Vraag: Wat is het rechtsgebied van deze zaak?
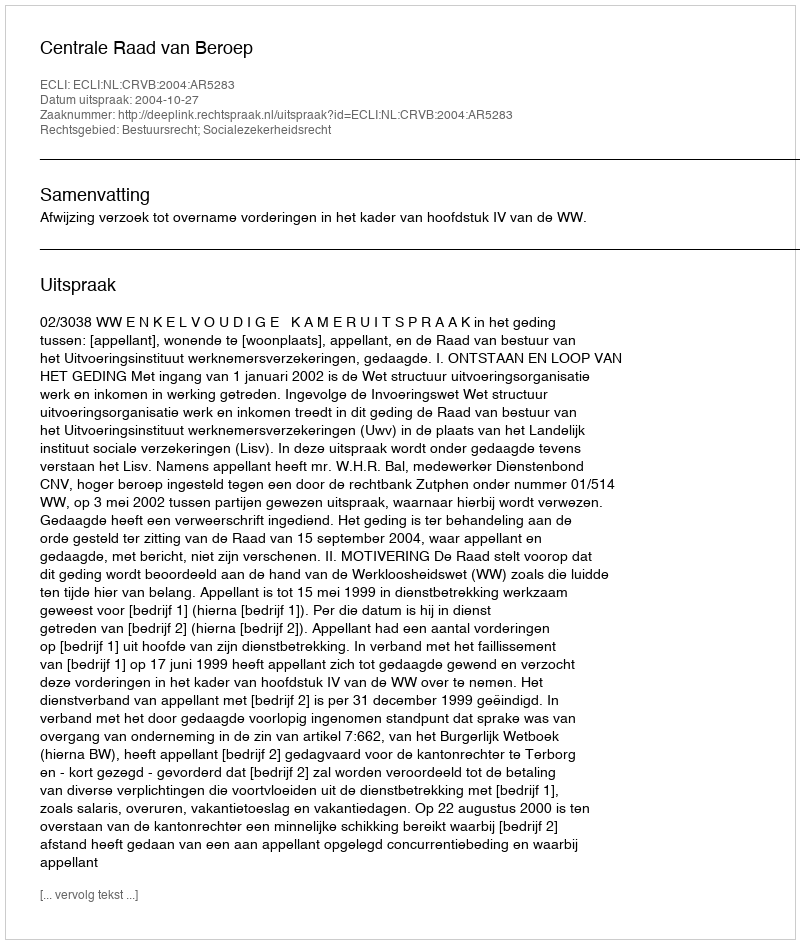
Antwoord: Bestuursrecht; Socialezekerheidsrecht